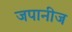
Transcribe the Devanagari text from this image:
जपानीज